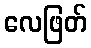
လေဖြတ်